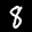
Label: 8